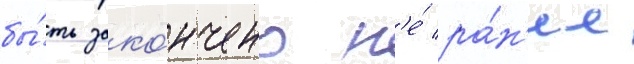
бы́ть зако́нчено н'е́ ра́н'ее